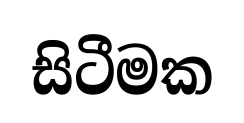
සිටීමක